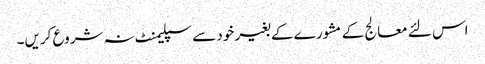
اس لئے معالج کے مشورے کے بغیر خود سے سپلیمنٹ نہ شروع کریں۔